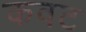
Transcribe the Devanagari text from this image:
कवट